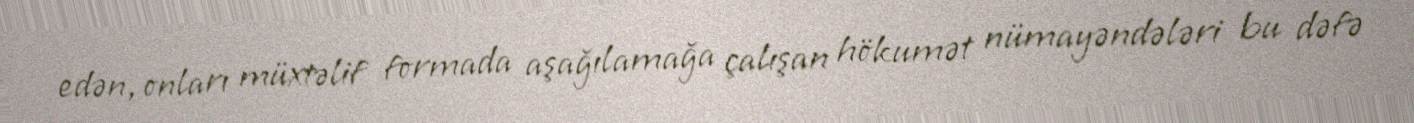
edən, onları müxtəlif formada aşağılamağa çalışan hökumət nümayəndələri bu dəfə